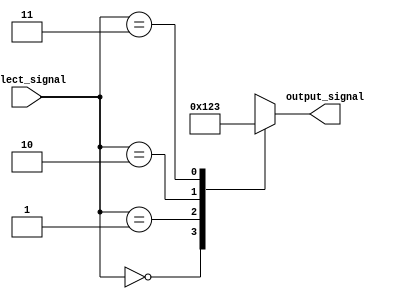
module full_case_statement(
    input wire [1:0] select_signal,
    output wire [3:0] output_signal
);

    reg [3:0] output_reg;

    always @* begin
        case(select_signal)
            2'b00: output_reg = 4'b0000;
            2'b01: output_reg = 4'b0001;
            2'b10: output_reg = 4'b0010;
            2'b11: output_reg = 4'b0011;
            default: output_reg = 4'bxxxx; // Default case for any other value of select_signal
        endcase
    end

    assign output_signal = output_reg;
endmodule